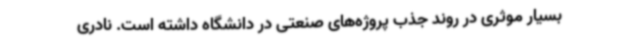
بسیار موثری در روند جذب پروژه‌های صنعتی در دانشگاه داشته است. نادری